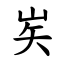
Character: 㞺